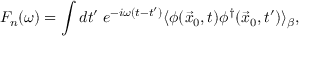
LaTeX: F _ { n } ( \omega ) = \int d t ^ { \prime } \; e ^ { - i \omega ( t - t ^ { \prime } ) } \langle \phi ( \vec { x } _ { 0 } , t ) \phi ^ { \dagger } ( \vec { x } _ { 0 } , t ^ { \prime } ) \rangle _ { \beta } ,